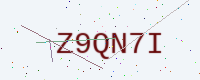
Text: Z9QN7I